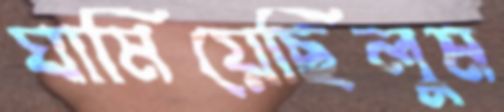
ঘামিয়েছিলুম